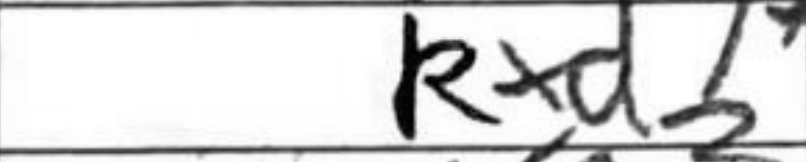
Transcription: Rxd7+